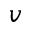
v